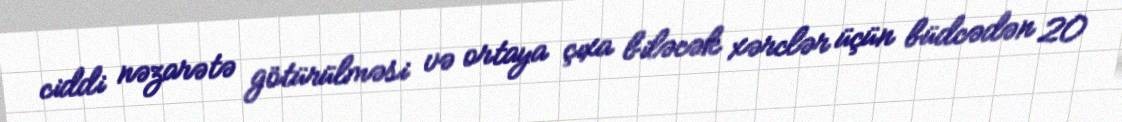
ciddi nəzarətə götürülməsi və ortaya çıxa biləcək xərclər üçün büdcədən 20